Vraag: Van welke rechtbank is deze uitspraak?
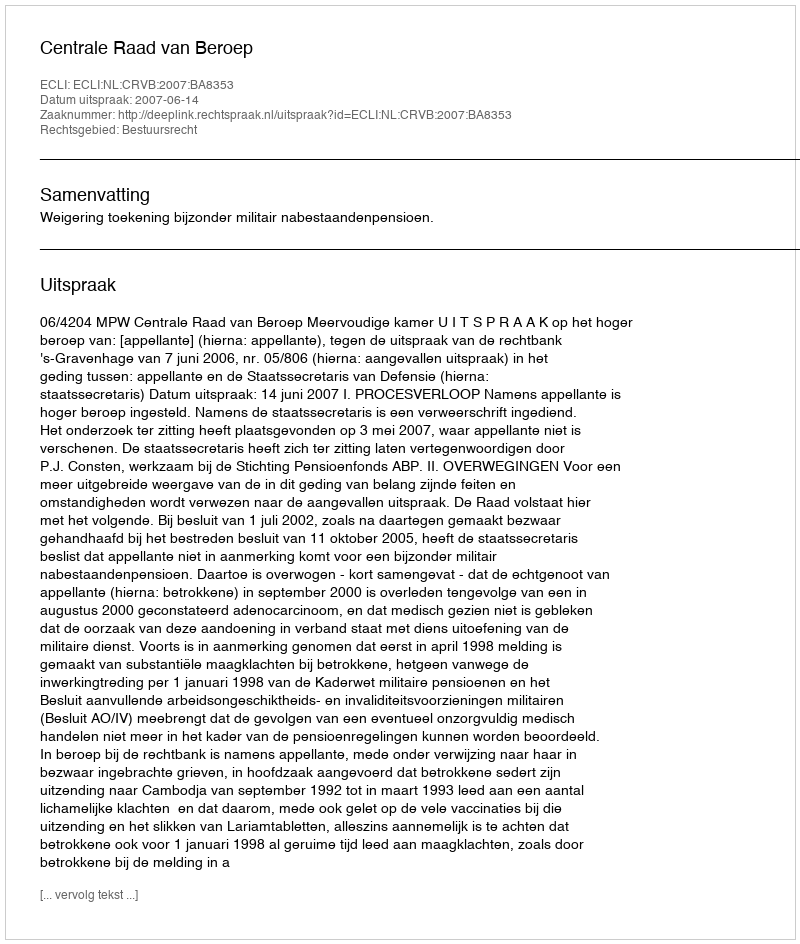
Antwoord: Centrale Raad van Beroep